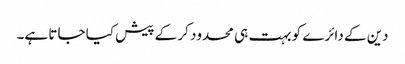
دین کے دائرے کو بہت ہی محدود کر کے پیش کیا جاتا ہے۔